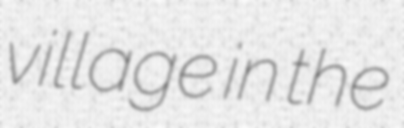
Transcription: village in the